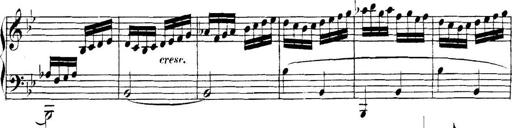
Title: Collected Piano Sonatas
Composer: Muzio Clementi